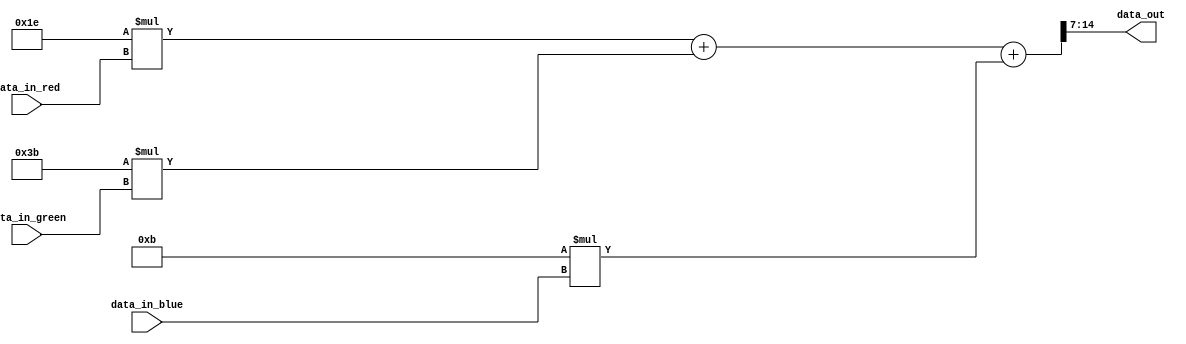
`timescale 1ns / 1ps

module rgb2gray
(

    input[7:0] data_in_red,
    input[7:0] data_in_green,
    input[7:0] data_in_blue,
    output reg[7:0] data_out
);
	
    localparam R_coeff = 30;
    localparam G_coeff = 59;
    localparam B_coeff = 11;

    always@(*) begin
        data_out =
            (R_coeff * data_in_red +
            G_coeff * data_in_green +
            B_coeff * data_in_blue) >> 7; // divide by 128
    end
    
endmodule